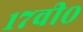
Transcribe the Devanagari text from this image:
१७वी०